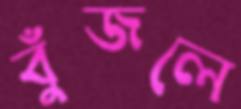
বুঁজলে